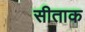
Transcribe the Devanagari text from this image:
सीताक